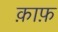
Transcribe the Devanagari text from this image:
क़ाफ़